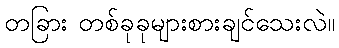
တခြား တစ်ခုခုများစားချင်သေးလဲ။